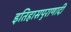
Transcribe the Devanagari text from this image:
इतिहासपुराणादी